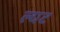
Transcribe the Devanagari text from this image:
ल्यट